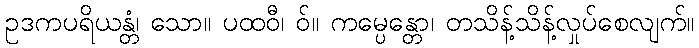
ဥဒကပရိယန္တံ၊ သော။ ပထဝီ၊ ဝ်။ ကမ္ပေန္တော၊ တသိန့်သိန့်လှုပ်စေလျက်။